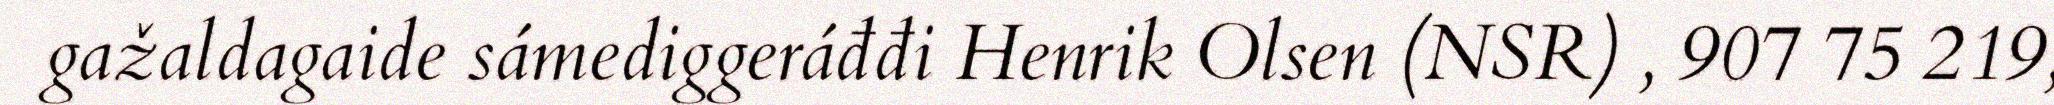
gažaldagaide sámediggeráđđi Henrik Olsen (NSR) , 907 75 219,